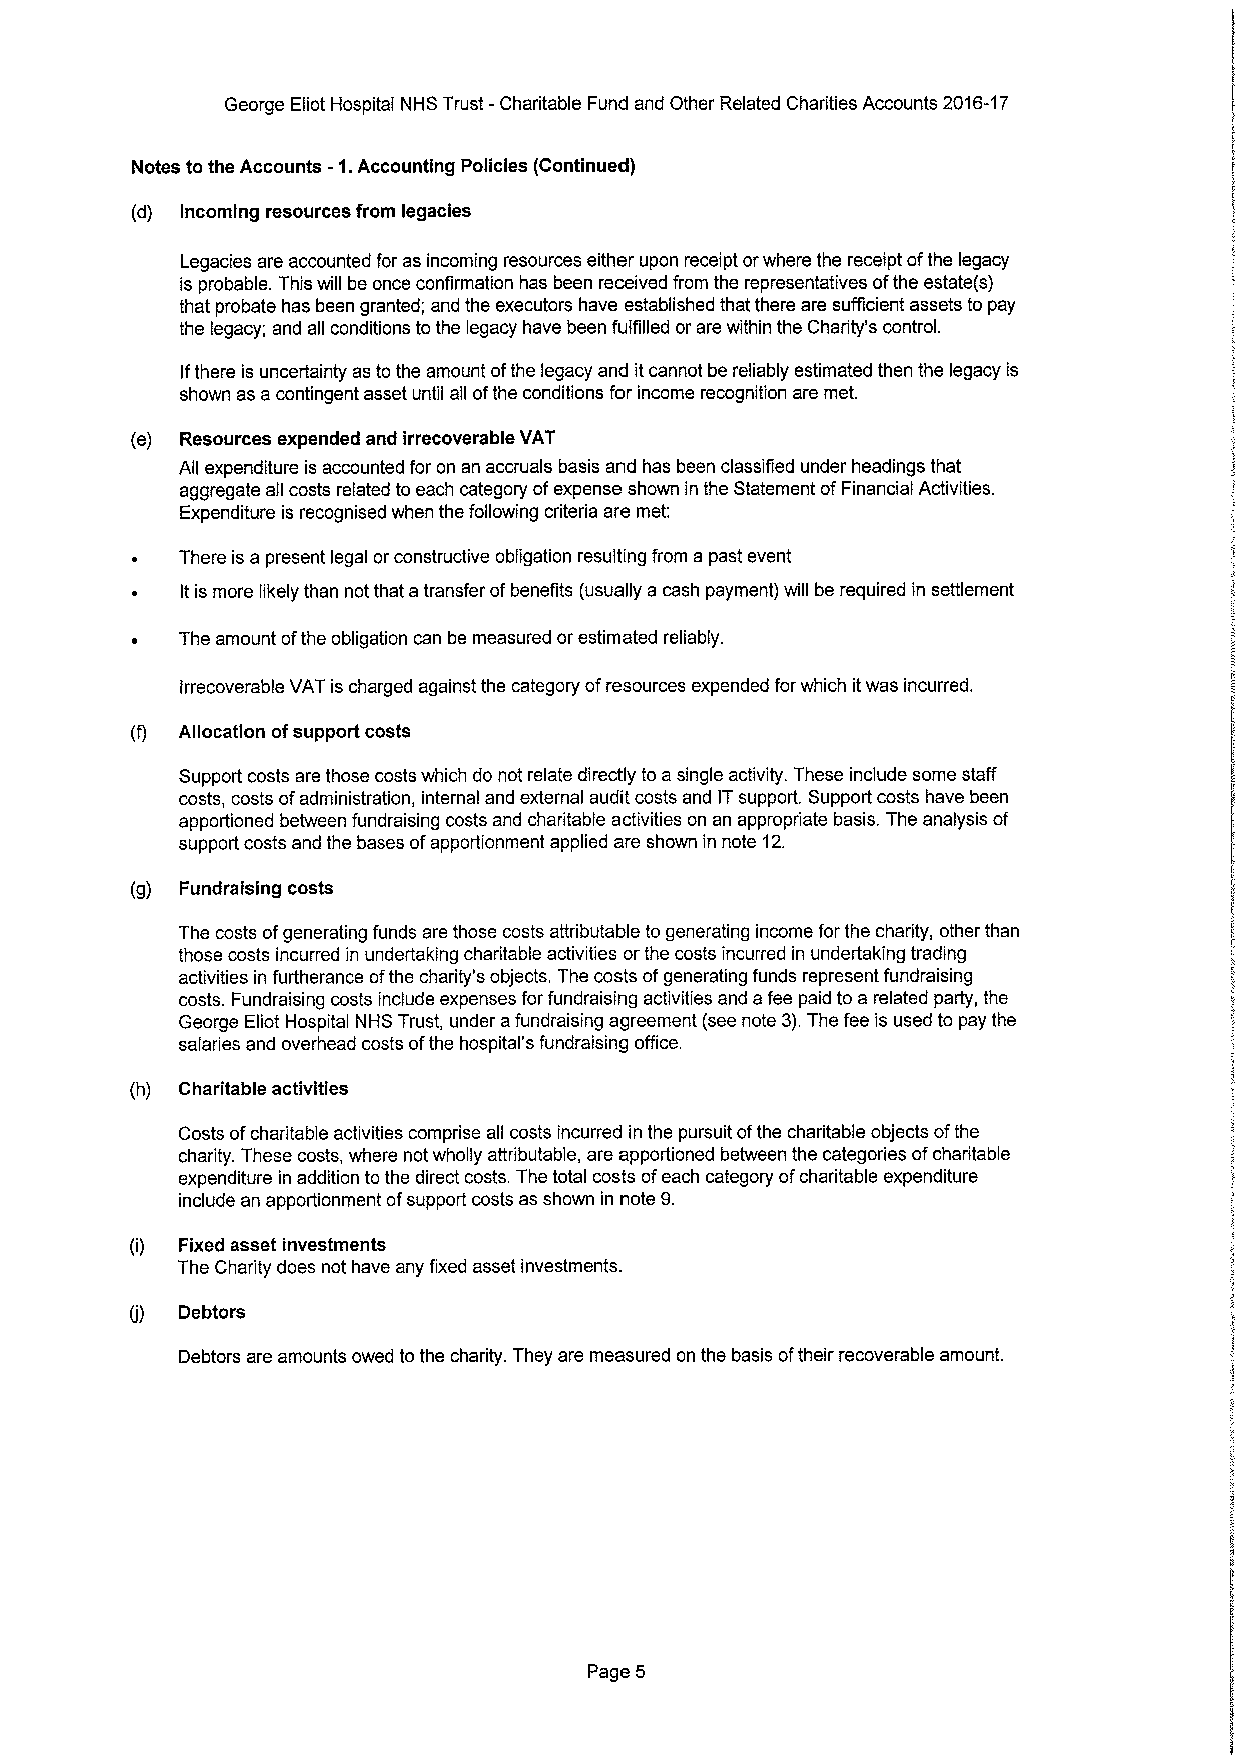
George Eliot Hospital NHS Trust -Charitable Fund and Other Related Charities Accounts 2016-17
 Notes to the Accounts -1.Accounting Policies (Continued)
 (d) Incoming resources from legacies
 Legacies are accounted for as incoming resources either upon receipt orwhere the receipt ofthe legacy
 is probable. This will be once confirmation has been received from the representatives ofthe estate(s)
 that probate has been granted; and the executors have established that there are sufficient assets to pay
 the legacy; and all conditions tothe legacy have been fulfilled or are within the Charity's control.
 Ifthere is uncertainty as to the amount ofthe legacy and itcannot be reliably estimated then the legacy is
 shown as a contingent asset until all ofthe conditions for income recognition are met.
 (e) Resources expended and irrecoverable VAT
 All expenditure is accounted for on an accruals basis and has been classified under headings that
 aggregate all costs related to each category ofexpense shown in the Statement ofFinancial Activities.
 Expenditure is recognised when the following criteria are met:
 There is a present legal orconstructive obligation resulting from a past event
 Itis more likely than not that atransfer ofbenefits (usually a cash payment) will be required in settlement
 The amount ofthe obligation can be measured or estimated reliably.
 irrecoverable VAT is charged against the category ofresources expended forwhich itwas incurred.
 (f) Allocation ofsupport costs
 Support costs are those costs which do not relate directly to a single activity. These include some staff
 costs, costs ofadministration, internal and external audit costs and ITsupport. Support costs have been
 apportioned between fundraising costs and charitable activities on an appropriate basis. The analysis of
 support costs and the bases ofapportionment applied are shown in note 12.
 (g) Fundraislng costs
 The costs ofgenerating funds are those costs attributable to generating income for the charity, other than
 those costs incurred in undertaking charitable activities orthe costs incurred in undertaking trading
 activities in furtherance ofthe charity's objects. The costs ofgenerating funds represent fundraising
 costs. Fundraising costs include expenses for fundraising activities and afee paid to a related party, the
 George Eliot Hospital NHS Trust, under afundraising agreement (see note 3).The fee is used to pay the
 salaries and overhead costs ofthe hospital's fundraising office.
 (h) Charitable activities
 Costs ofcharitable activities comprise all costs incurred in the pursuit ofthe charitable objects ofthe
 charity. These costs, where not wholly attributable, are apportioned between the categories ofcharitable
 expenditure in addition tothe direct costs. The total costs ofeach category ofcharitable expenditure
 include an apportionment ofsupport costs as shown in note 9.
 (i) Fixed asset investments
 The Charity does not have any fixed asset investments.
 Debtors
 (j)
 Debtors are amounts owed tothe charity. They are measured on the basis oftheir recoverable amount.
 Page 5